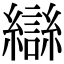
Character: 䜌